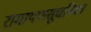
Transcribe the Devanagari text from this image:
रामायणसूचनिका